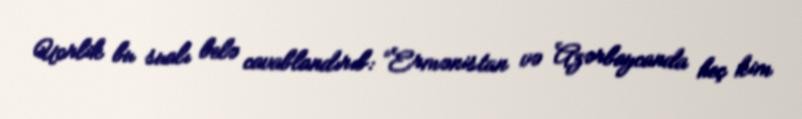
Uorlik bu sualı belə cavablandırıb: “Ermənistan və Azərbaycanda heç kim